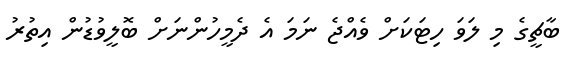
ބާޗީގެ މި ލަވަ ހިޓަކަށް ވެއްޖެ ނަމަ އެ ދެމީހުންނަށް ބޮލީވުޑުން އިތުރު